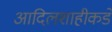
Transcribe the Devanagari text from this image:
आदिलशाहीकडे